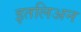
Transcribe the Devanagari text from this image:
इतलिअन